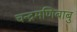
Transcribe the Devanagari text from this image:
चन्द्रमणिबाबु